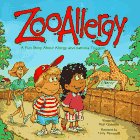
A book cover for Zooallergy : A Fun Story About Allergy and Asthma Triggers; Terry Ravanelli; Health, Fitness & Dieting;